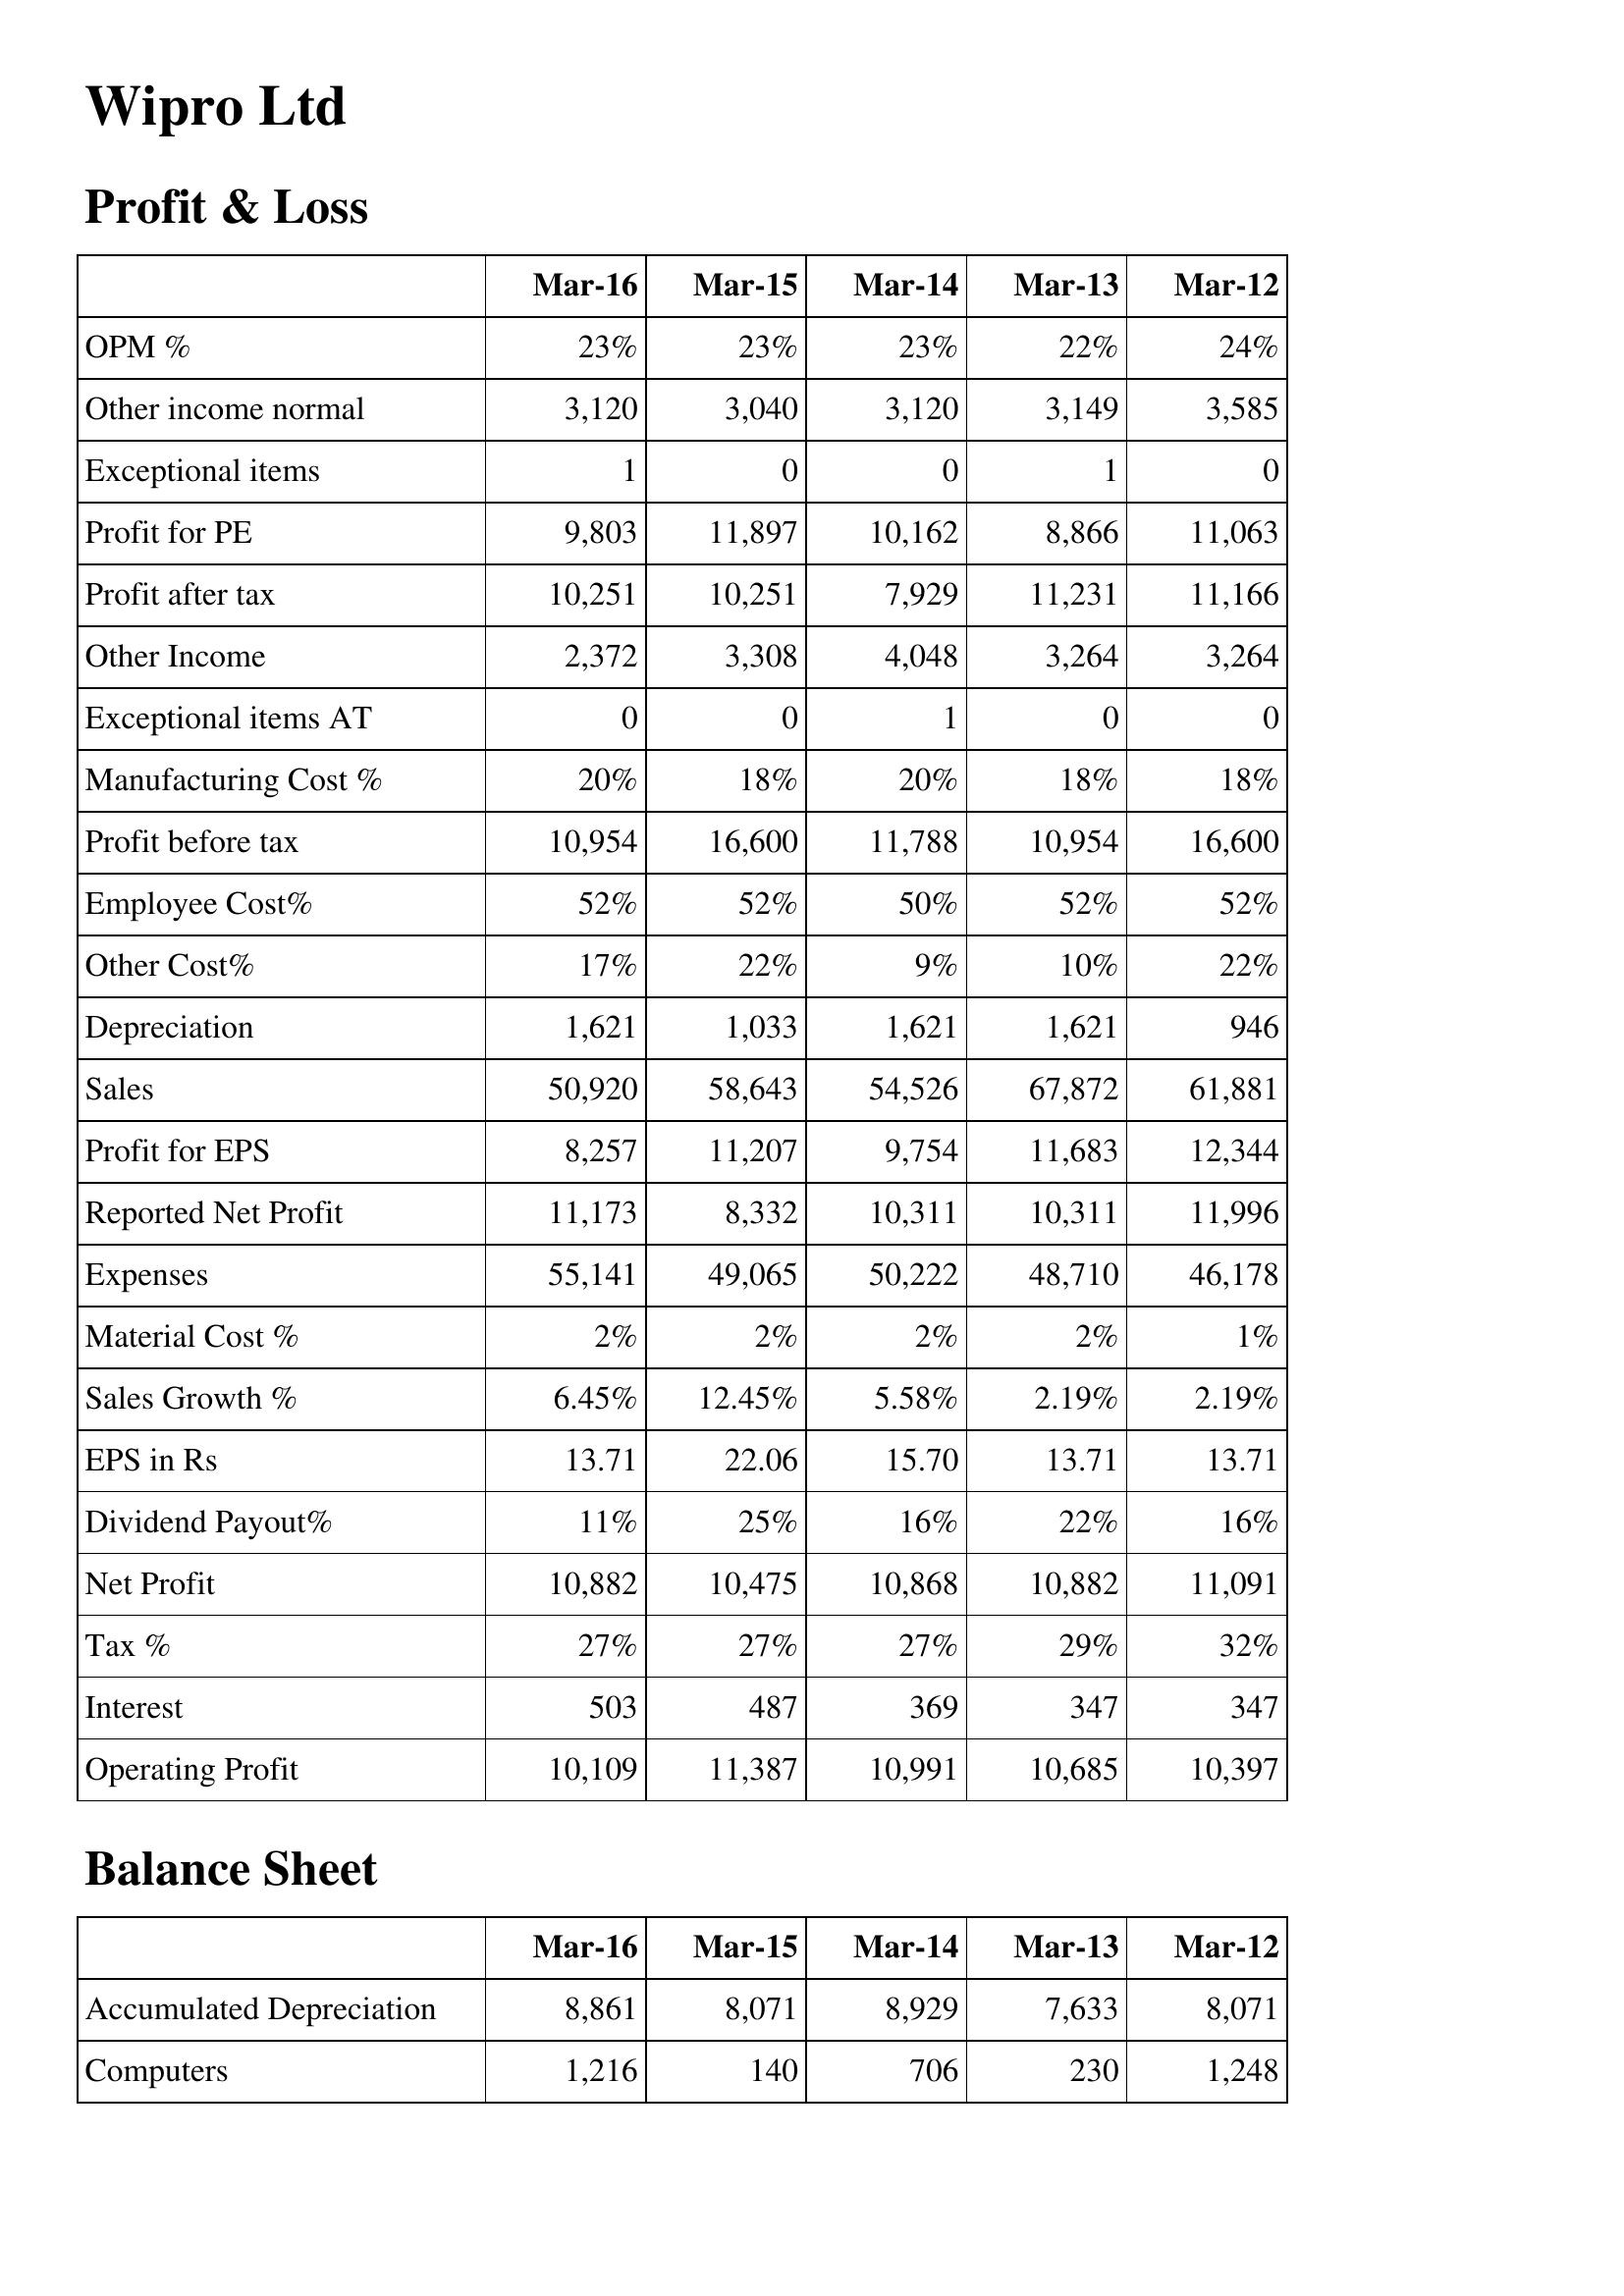
Mar-16: Profit & Loss: OPM %: 23%
Other income normal: 3,120
Exceptional items: 1
Profit for PE: 9,803
Profit after tax: 10,251
Other Income: 2,372
Exceptional items AT: 0
Manufacturing Cost %: 20%
Profit before tax: 10,954
Employee Cost%: 52%
Other Cost%: 17%
Depreciation: 1,621
Sales: 50,920
Profit for EPS: 8,257
Reported Net Profit: 11,173
Expenses: 55,141
Material Cost %: 2%
Sales Growth %: 6.45%
EPS in Rs: 13.71
Dividend Payout%: 11%
Net Profit: 10,882
Tax %: 27%
Interest: 503
Operating Profit: 10,109
Balance Sheet: Accumulated Depreciation: 8,861
Computers: 1,216
Mar-15: Profit & Loss: OPM %: 23%
Other income normal: 3,040
Exceptional items: 0
Profit for PE: 11,897
Profit after tax: 10,251
Other Income: 3,308
Exceptional items AT: 0
Manufacturing Cost %: 18%
Profit before tax: 16,600
Employee Cost%: 52%
Other Cost%: 22%
Depreciation: 1,033
Sales: 58,643
Profit for EPS: 11,207
Reported Net Profit: 8,332
Expenses: 49,065
Material Cost %: 2%
Sales Growth %: 12.45%
EPS in Rs: 22.06
Dividend Payout%: 25%
Net Profit: 10,475
Tax %: 27%
Interest: 487
Operating Profit: 11,387
Balance Sheet: Accumulated Depreciation: 8,071
Computers: 140
Mar-14: Profit & Loss: OPM %: 23%
Other income normal: 3,120
Exceptional items: 0
Profit for PE: 10,162
Profit after tax: 7,929
Other Income: 4,048
Exceptional items AT: 1
Manufacturing Cost %: 20%
Profit before tax: 11,788
Employee Cost%: 50%
Other Cost%: 9%
Depreciation: 1,621
Sales: 54,526
Profit for EPS: 9,754
Reported Net Profit: 10,311
Expenses: 50,222
Material Cost %: 2%
Sales Growth %: 5.58%
EPS in Rs: 15.70
Dividend Payout%: 16%
Net Profit: 10,868
Tax %: 27%
Interest: 369
Operating Profit: 10,991
Balance Sheet: Accumulated Depreciation: 8,929
Computers: 706
Mar-13: Profit & Loss: OPM %: 22%
Other income normal: 3,149
Exceptional items: 1
Profit for PE: 8,866
Profit after tax: 11,231
Other Income: 3,264
Exceptional items AT: 0
Manufacturing Cost %: 18%
Profit before tax: 10,954
Employee Cost%: 52%
Other Cost%: 10%
Depreciation: 1,621
Sales: 67,872
Profit for EPS: 11,683
Reported Net Profit: 10,311
Expenses: 48,710
Material Cost %: 2%
Sales Growth %: 2.19%
EPS in Rs: 13.71
Dividend Payout%: 22%
Net Profit: 10,882
Tax %: 29%
Interest: 347
Operating Profit: 10,685
Balance Sheet: Accumulated Depreciation: 7,633
Computers: 230
Mar-12: Profit & Loss: OPM %: 24%
Other income normal: 3,585
Exceptional items: 0
Profit for PE: 11,063
Profit after tax: 11,166
Other Income: 3,264
Exceptional items AT: 0
Manufacturing Cost %: 18%
Profit before tax: 16,600
Employee Cost%: 52%
Other Cost%: 22%
Depreciation: 946
Sales: 61,881
Profit for EPS: 12,344
Reported Net Profit: 11,996
Expenses: 46,178
Material Cost %: 1%
Sales Growth %: 2.19%
EPS in Rs: 13.71
Dividend Payout%: 16%
Net Profit: 11,091
Tax %: 32%
Interest: 347
Operating Profit: 10,397
Balance Sheet: Accumulated Depreciation: 8,071
Computers: 1,248